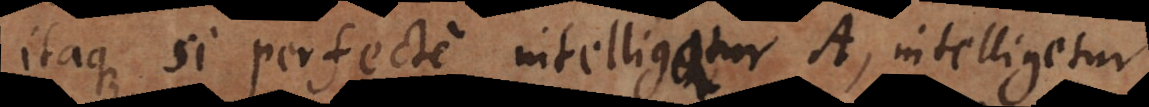
Itaque si perfecte intelligatur A, intelligetur